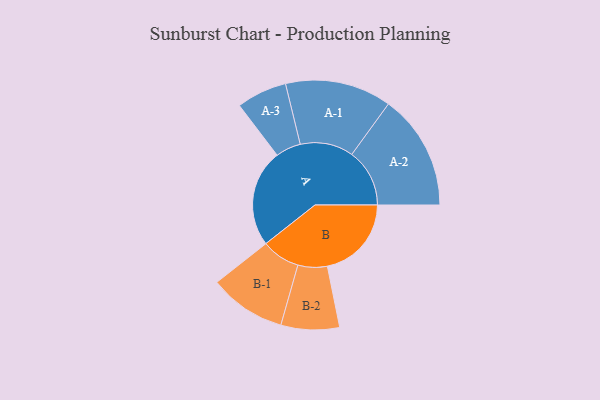
{"axis": {"x": "Segment", "y": "Value"}, "legend": ["", "A", "B"], "data": [{"x": "A", "y": 463, "type": ""}, {"x": "B", "y": 400, "type": ""}, {"x": "A-1", "y": 253, "type": "A"}, {"x": "A-2", "y": 275, "type": "A"}, {"x": "A-3", "y": 120, "type": "A"}, {"x": "B-1", "y": 183, "type": "B"}, {"x": "B-2", "y": 139, "type": "B"}]}